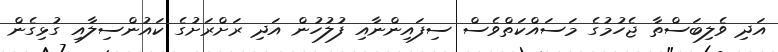
އަދި ވެލިބަސްތާ ޖެހުމުގެ މަސައްކަތްވެސް ސިފައިންނާއި ފުލުހުން އަދި ރަށްރަށުގެ ކައުންސިލާއި ގުޅިގެން